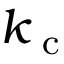
k _ { \textrm { c } }